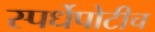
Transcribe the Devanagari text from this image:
स्पर्धेपोटीच